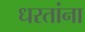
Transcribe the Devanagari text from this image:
धरतांना